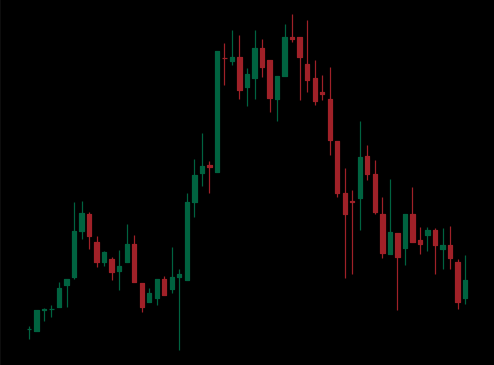
Pattern: head_shoulders